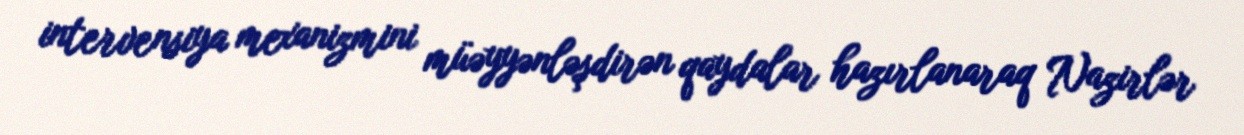
intervensiya mexanizmini müəyyənləşdirən qaydalar hazırlanaraq Nazirlər